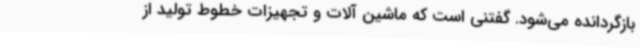
بازگردانده می‌شود. گفتنی است که ماشین آلات و تجهیزات خطوط تولید از